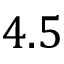
4 . 5